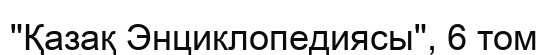
"Қазақ Энциклопедиясы", 6 том